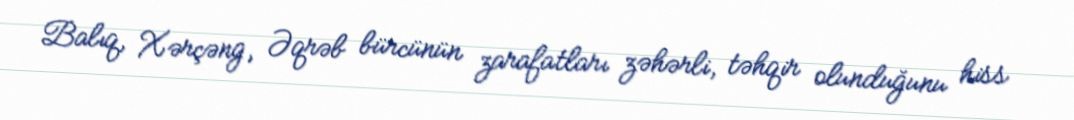
Balıq, Xərçəng, Əqrəb bürcünün zarafatları zəhərli, təhqir olunduğunu hiss